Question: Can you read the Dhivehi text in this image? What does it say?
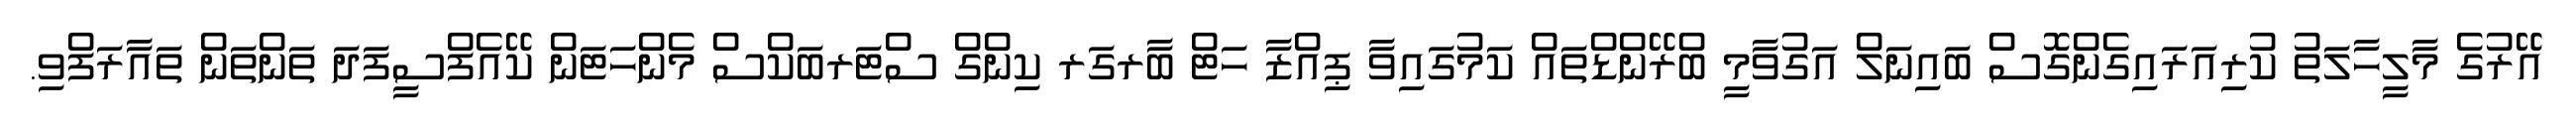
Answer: އޭރުގެ މާލީހާލަތު ކުރިއަރައިގެންގޮސް ބައިނަލް އަގުވާމީ ބްރޭންޑްތައް ކަމުގައިވާ ޕިއްޒާ ހަޓް ބާރގަރ ކިންގް ސްޓަރބަކްސް މެންހަޓަން ކޭއެފްސީފަދަ ތަންތަން ތައާރަފްވި.